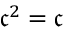
{ \mathfrak { c } } ^ { 2 } = { \mathfrak { c } }